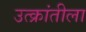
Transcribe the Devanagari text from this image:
उत्क्रांतीला